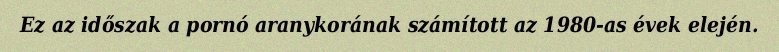
Ez az időszak a pornó aranykorának számított az 1980-as évek elején.